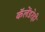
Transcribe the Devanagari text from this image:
कॅलेंडरेही